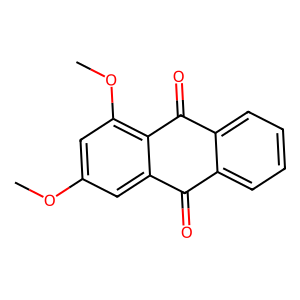
SMILES: COc1cc(OC)c2c(c1)C(=O)c1ccccc1C2=O
Inhibits HIV replication: No